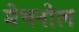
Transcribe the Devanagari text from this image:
मेथनोल